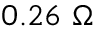
0 . 2 6 ~ \Omega